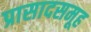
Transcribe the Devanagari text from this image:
प्रासादसमूह